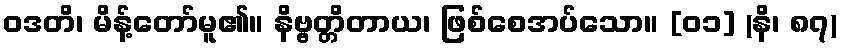
ဝဒတိ၊ မိန့်တော်မူ၏။ နိဗ္ဗတ္တိတာယ၊ ဖြစ်စေအပ်သော။ [၀၁] (နိ၊ ၈၇)